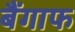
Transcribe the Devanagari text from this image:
बैंगाफ